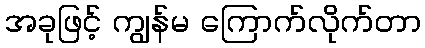
အခုဖြင့် ကျွန်မ ကြောက်လိုက်တာ